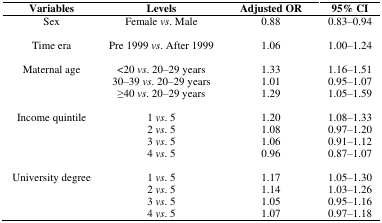
<table><thead><tr><td><b>Variables</b></td><td><b>Levels</b></td><td><b>Adjusted OR</b></td><td><b>95% CI</b></td></tr></thead><tbody><tr><td>Sex </td><td>Female<i>vs</i>. Male</td><td>0.88</td><td>0.83–0.94</td></tr><tr><td>Time era</td><td>Pre 1999<i>vs</i>. After 1999</td><td>1.06</td><td>1.00–1.24</td></tr><tr><td>Maternal age</td><td>&lt;20<i>vs</i>. 20–29 years</td><td>1.33</td><td>1.16–1.51</td></tr><tr><td></td><td>30–39<i>vs</i>. 20–29 years</td><td>1.01</td><td>0.95–1.07</td></tr><tr><td></td><td>≥40<i>vs</i>. 20–29 years</td><td>1.29</td><td>1.05–1.59</td></tr><tr><td>Income quintile</td><td>1<i>vs</i>. 5</td><td>1.20</td><td>1.08–1.33</td></tr><tr><td></td><td>2<i>vs</i>. 5</td><td>1.08</td><td>0.97–1.20</td></tr><tr><td></td><td>3<i>vs</i>. 5</td><td>1.06</td><td>0.91–1.12</td></tr><tr><td></td><td>4<i>vs</i>. 5</td><td>0.96</td><td>0.87–1.07</td></tr><tr><td>University degree</td><td>1<i>vs</i>. 5</td><td>1.17</td><td>1.05–1.30</td></tr><tr><td></td><td>2<i>vs</i>. 5</td><td>1.14</td><td>1.03–1.26</td></tr><tr><td></td><td>3<i>vs</i>. 5</td><td>1.05</td><td>0.95–1.16</td></tr><tr><td></td><td>4<i>vs</i>. 5</td><td>1.07</td><td>0.97–1.18</td></tr></tbody></table>